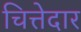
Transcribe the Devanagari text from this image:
चित्तेदार